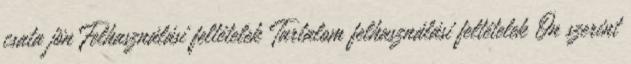
csata jön Felhasználási feltételek Tartalom felhasználási feltételek Ön szerint